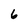
Character: 6